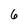
Character: 6